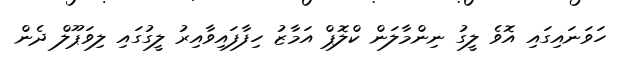
ހަވަނައިގައި އޮވެ ލީގު ނިންމާލަން ކްލޮޕް އަމާޒު ހިފާފައިވާއިރު ލީގުގައި ލިވަޕޫލް ދެން